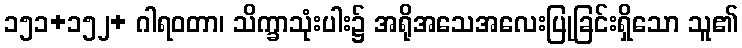
၁၅၁+၁၅၂+ ဂါရဝတာ၊ သိက္ခာသုံးပါး၌ အရိုအသေအလေးပြုခြင်းရှိသော သူ၏